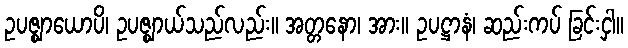
ဥပဇ္ဈာယောပိ၊ ဥပဇ္ဈာယ်သည်လည်း။ အတ္တနော၊ အား။ ဥပဋ္ဌာနံ၊ ဆည်းကပ် ခြင်းငှါ။